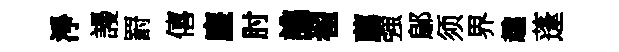
淨謾罸僖麈肘譙翟薦強鄔须界趣蓬